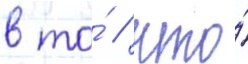
в то́ / что́